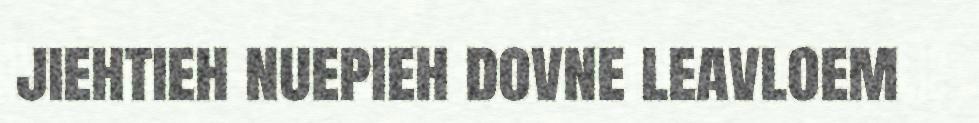
jiehtieh nuepieh dovne leavloem